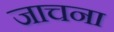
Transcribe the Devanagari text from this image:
जाचना